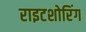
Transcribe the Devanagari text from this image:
राइटशोरिंग